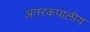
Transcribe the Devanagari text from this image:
अंतरकपालीय